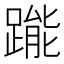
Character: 𨃳